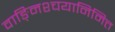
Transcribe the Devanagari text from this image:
वाङ्निश्चयानिमित्त